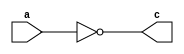
module not1(output c, input a);

nand(c, a);

endmodule